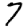
Digit: 7